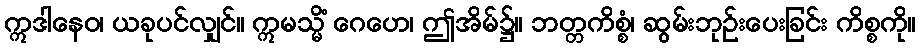
ဣဒါနေဝ၊ ယခုပင်လျှင်။ ဣမသ္မိံ ဂေဟေ၊ ဤအိမ်၌။ ဘတ္တကိစ္စံ၊ ဆွမ်းဘုဉ်းပေးခြင်း ကိစ္စကို။